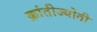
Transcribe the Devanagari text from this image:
क्रांतीज्योती